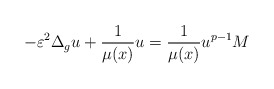
\begin{align*}-\varepsilon^{2}\Delta_{g}u+\frac{1}{\mu(x)}u=\frac{1}{\mu(x)}u^{p-1}M \end{align*}